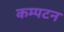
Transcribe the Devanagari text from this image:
कम्पटन